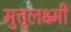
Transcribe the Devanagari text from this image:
मुत्तुलक्ष्मी